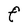
Character: F